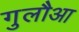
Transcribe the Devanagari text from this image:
गुलौआ